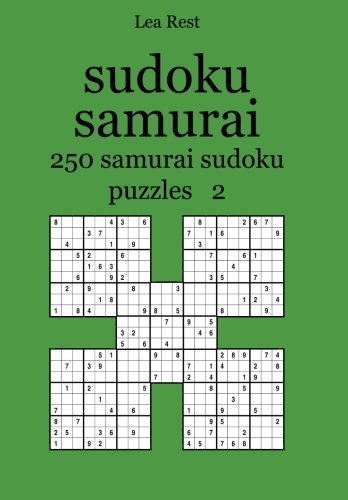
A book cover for sudoku samurai: 250 samurai sudoku puzzles 2; Lea Rest; Humor & Entertainment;